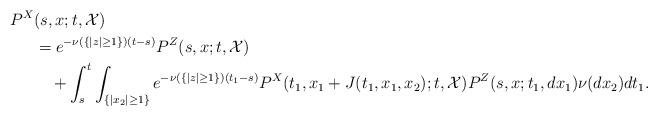
LaTeX: \begin{align*}P^X&(s,x;t,{\cal X})\\&=e^{-\nu(\{|z|\ge1\})(t-s)}P^Z(s,x;t,{\cal X})\\&\ \ \ +\int_{s}^t\int_{\{|x_2|\ge 1\}}e^{-\nu(\{|z|\ge1\})(t_1-s)}P^X(t_1,x_1+J(t_1,x_1,x_2);t,{\cal X})P^Z(s,x;t_1,dx_1)\nu(dx_2)dt_1.\end{align*}